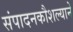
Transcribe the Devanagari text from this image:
संपादनकौशल्याने